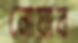
নোয়াব